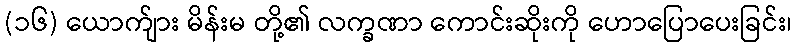
(၁၆) ယောက်ျား မိန်းမ တို့၏ လက္ခဏာ ကောင်းဆိုးကို ဟောပြောပေးခြင်း၊